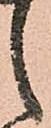
之